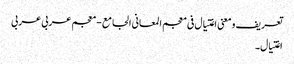
تعریف و معنی اغتیال فی معجم المعانی الجامع - معجم عربی عربی
اغتیال۔